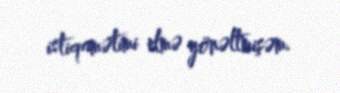
istiqamətimi elmə yönəltmişəm.